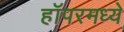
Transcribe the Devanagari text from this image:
हॉपरमध्ये